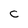
Character: C